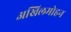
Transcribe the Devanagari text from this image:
अखिलमोहन